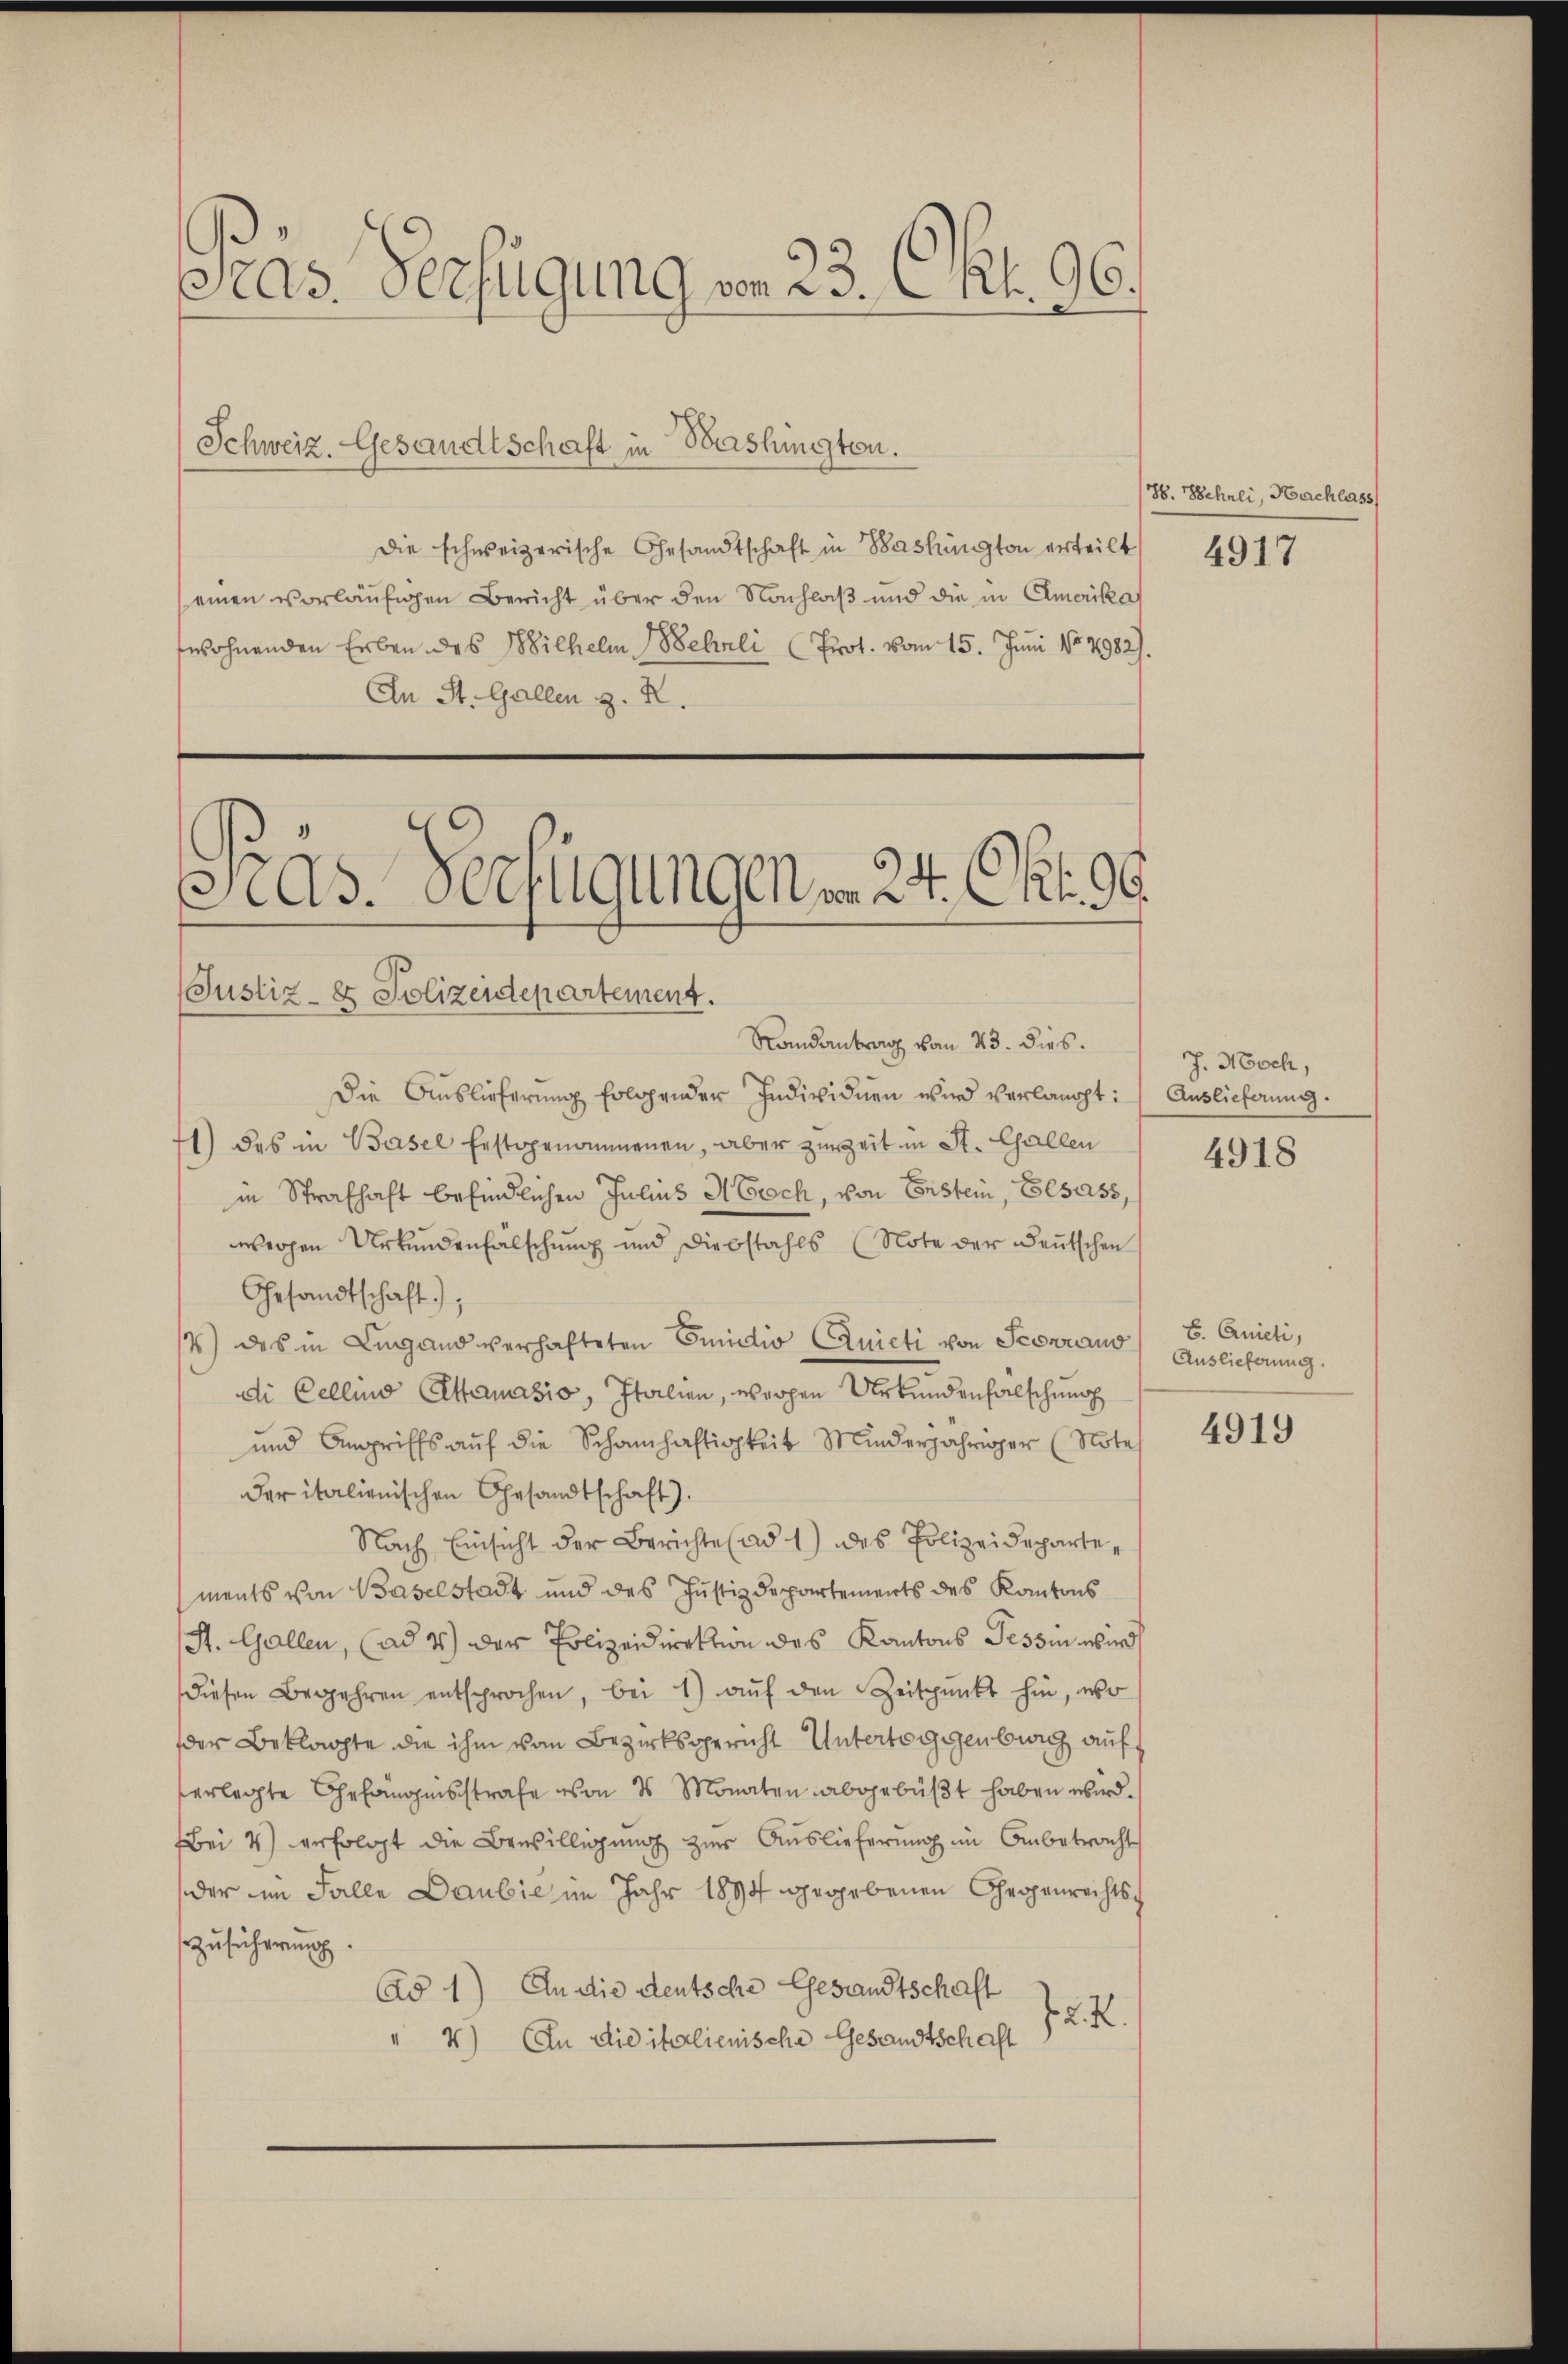
Präs. Verfügung am 23. Okt. 96.

3 As. Verfügungen am 24. Okt. 99.
Justiz- & Polizeidepartement.

Schweiz. Gesandtschaft in Washingten.
die schweizerische Gesandtschaft in Bashington erteilt 4917
seinen vorläufigen Bericht über den Nachlaß und die in Emerika
wohnenden Erben des Wilhelm Wehrli (Prot. vom 15. Juni No 4982).
An St. Gallen z. R.

Die Auslieferung erlegender Individuen wird verlangt:
1) das in Basel festgenommenen, aber zur Zeit in St. Gallen
in Strafhaft befindlichen Julius A Erach, von Erstein, Elsass,
wegen Urkundenfälschung und Diebstahls (Note der Deutschen
Gesandtschaft);
2) des in Lugand verhafteten Einictio Quicti von Scenrauo
i Cellino Pettanasio, Italien, weigen Urkundenfalschung
und Angriffs auf die Schamhaftigkeit Minderjähriger (Note
der italienischen Gesandtschaft).
Nach Einsicht der Berichte ad 1) des Polizeidepartements von Baselstadt und des Justizdepartements des Kantons
St. Gallen, (ad 4) der Polizeidirektion des Kantons Tessin wird
diesen Begehren entsprochen, bei 1) aŭf den Zeitpunkt hin, wo
der Beklagte die ihm vom Bezirksgericht Untertoggenburg auf
verlegte Gefängnisstrafe von 3 Monaten abgebüßt haben wird.
ei 4) erfolgt die Bewilligung zur Auslieferung im Anbetracht
der im Falle Daubić im Jahr 1894 gegebenen Chropenrechts¬
Zusicherung.
Ad 1) An die deutsche Gesandtschaft
2. X.
" 4) In die italienische Gesandtschaft

Randantrag vom 23. dies.

86. Zehnli, Nachlass

J. Noch,
Auslieferung.

4918

B. Quicti,
Auslieferung.

4919